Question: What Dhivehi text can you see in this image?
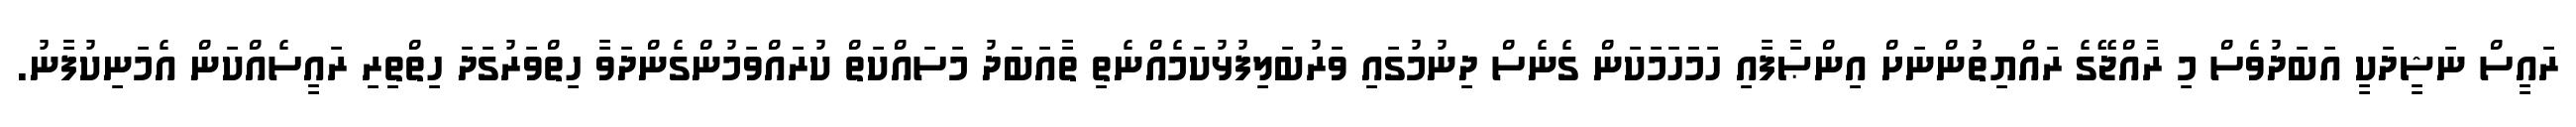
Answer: ރައީސް ނަޝީދަކީ އަބަދުވެސް މި ރާއްޖޭގެ ރައްޔިތުންނަށް އިންޞާފާއި ހަމަހަމަކަން ގެނެސް ދިނުމުގައި ވަރުބަލިފުޅުކަމެއްނެތި ތާއަބަދު މަސައްކަތް ކުރައްވަމުންގެންދަވާ ހިތްވަރުގަދަ ހިތްތިރި ރައީސެއްކަން އެމަނިކުފާނު.